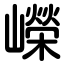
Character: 嶸